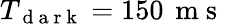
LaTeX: T_{\mathrm{~d~a~r~k~}}=150\, \mathrm{~m~s~}